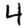
Digit: 4